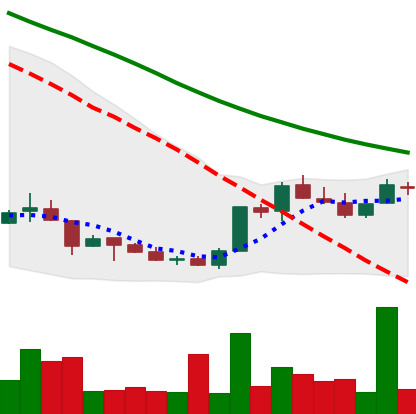
Ticker: LINK-USD
Chart end date: 2018-07-08
Forward return: -18.663%
Label: down_7plus